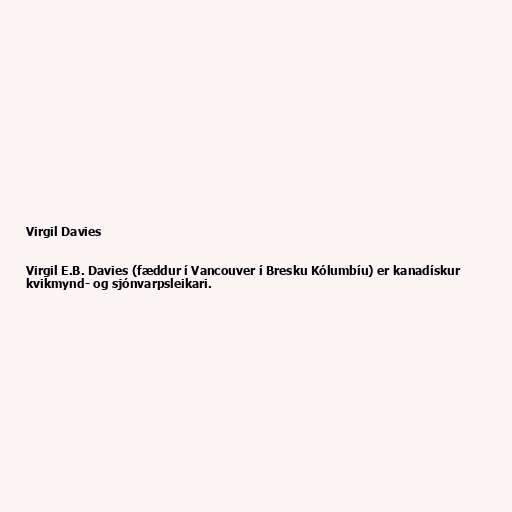
Virgil Davies

Virgil E.B. Davies (fæddur í Vancouver í Bresku Kólumbíu) er kanadískur
kvikmynd- og sjónvarpsleikari.